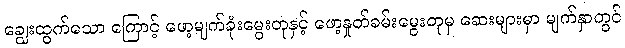
ချွေးထွက်သော ကြောင့် ဖော့မျက်ခုံးမွေးတုနှင့် ဖော့နှုတ်ခမ်းမွေးတုမှ ဆေးများမှာ မျက်နှာတွင်